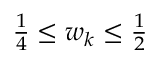
\begin{array} { r } { \frac 1 4 \leq w _ { k } \leq \frac 1 2 } \end{array}